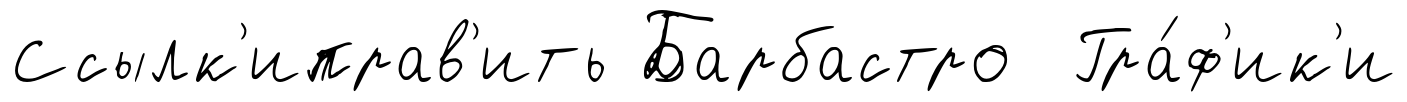
Ссылк'иправ'ить Барбастро Гра́ф'ик'и